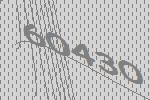
60430